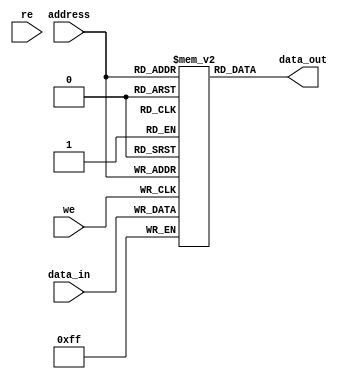
module PROM (
  input wire [7:0] address,
  input wire we,
  input wire re,
  input wire [7:0] data_in,
  output wire [7:0] data_out
);

reg [7:0] memory [0:255];

always @ (posedge we) begin
  memory[address] <= data_in;
end

assign data_out = memory[address];

endmodule